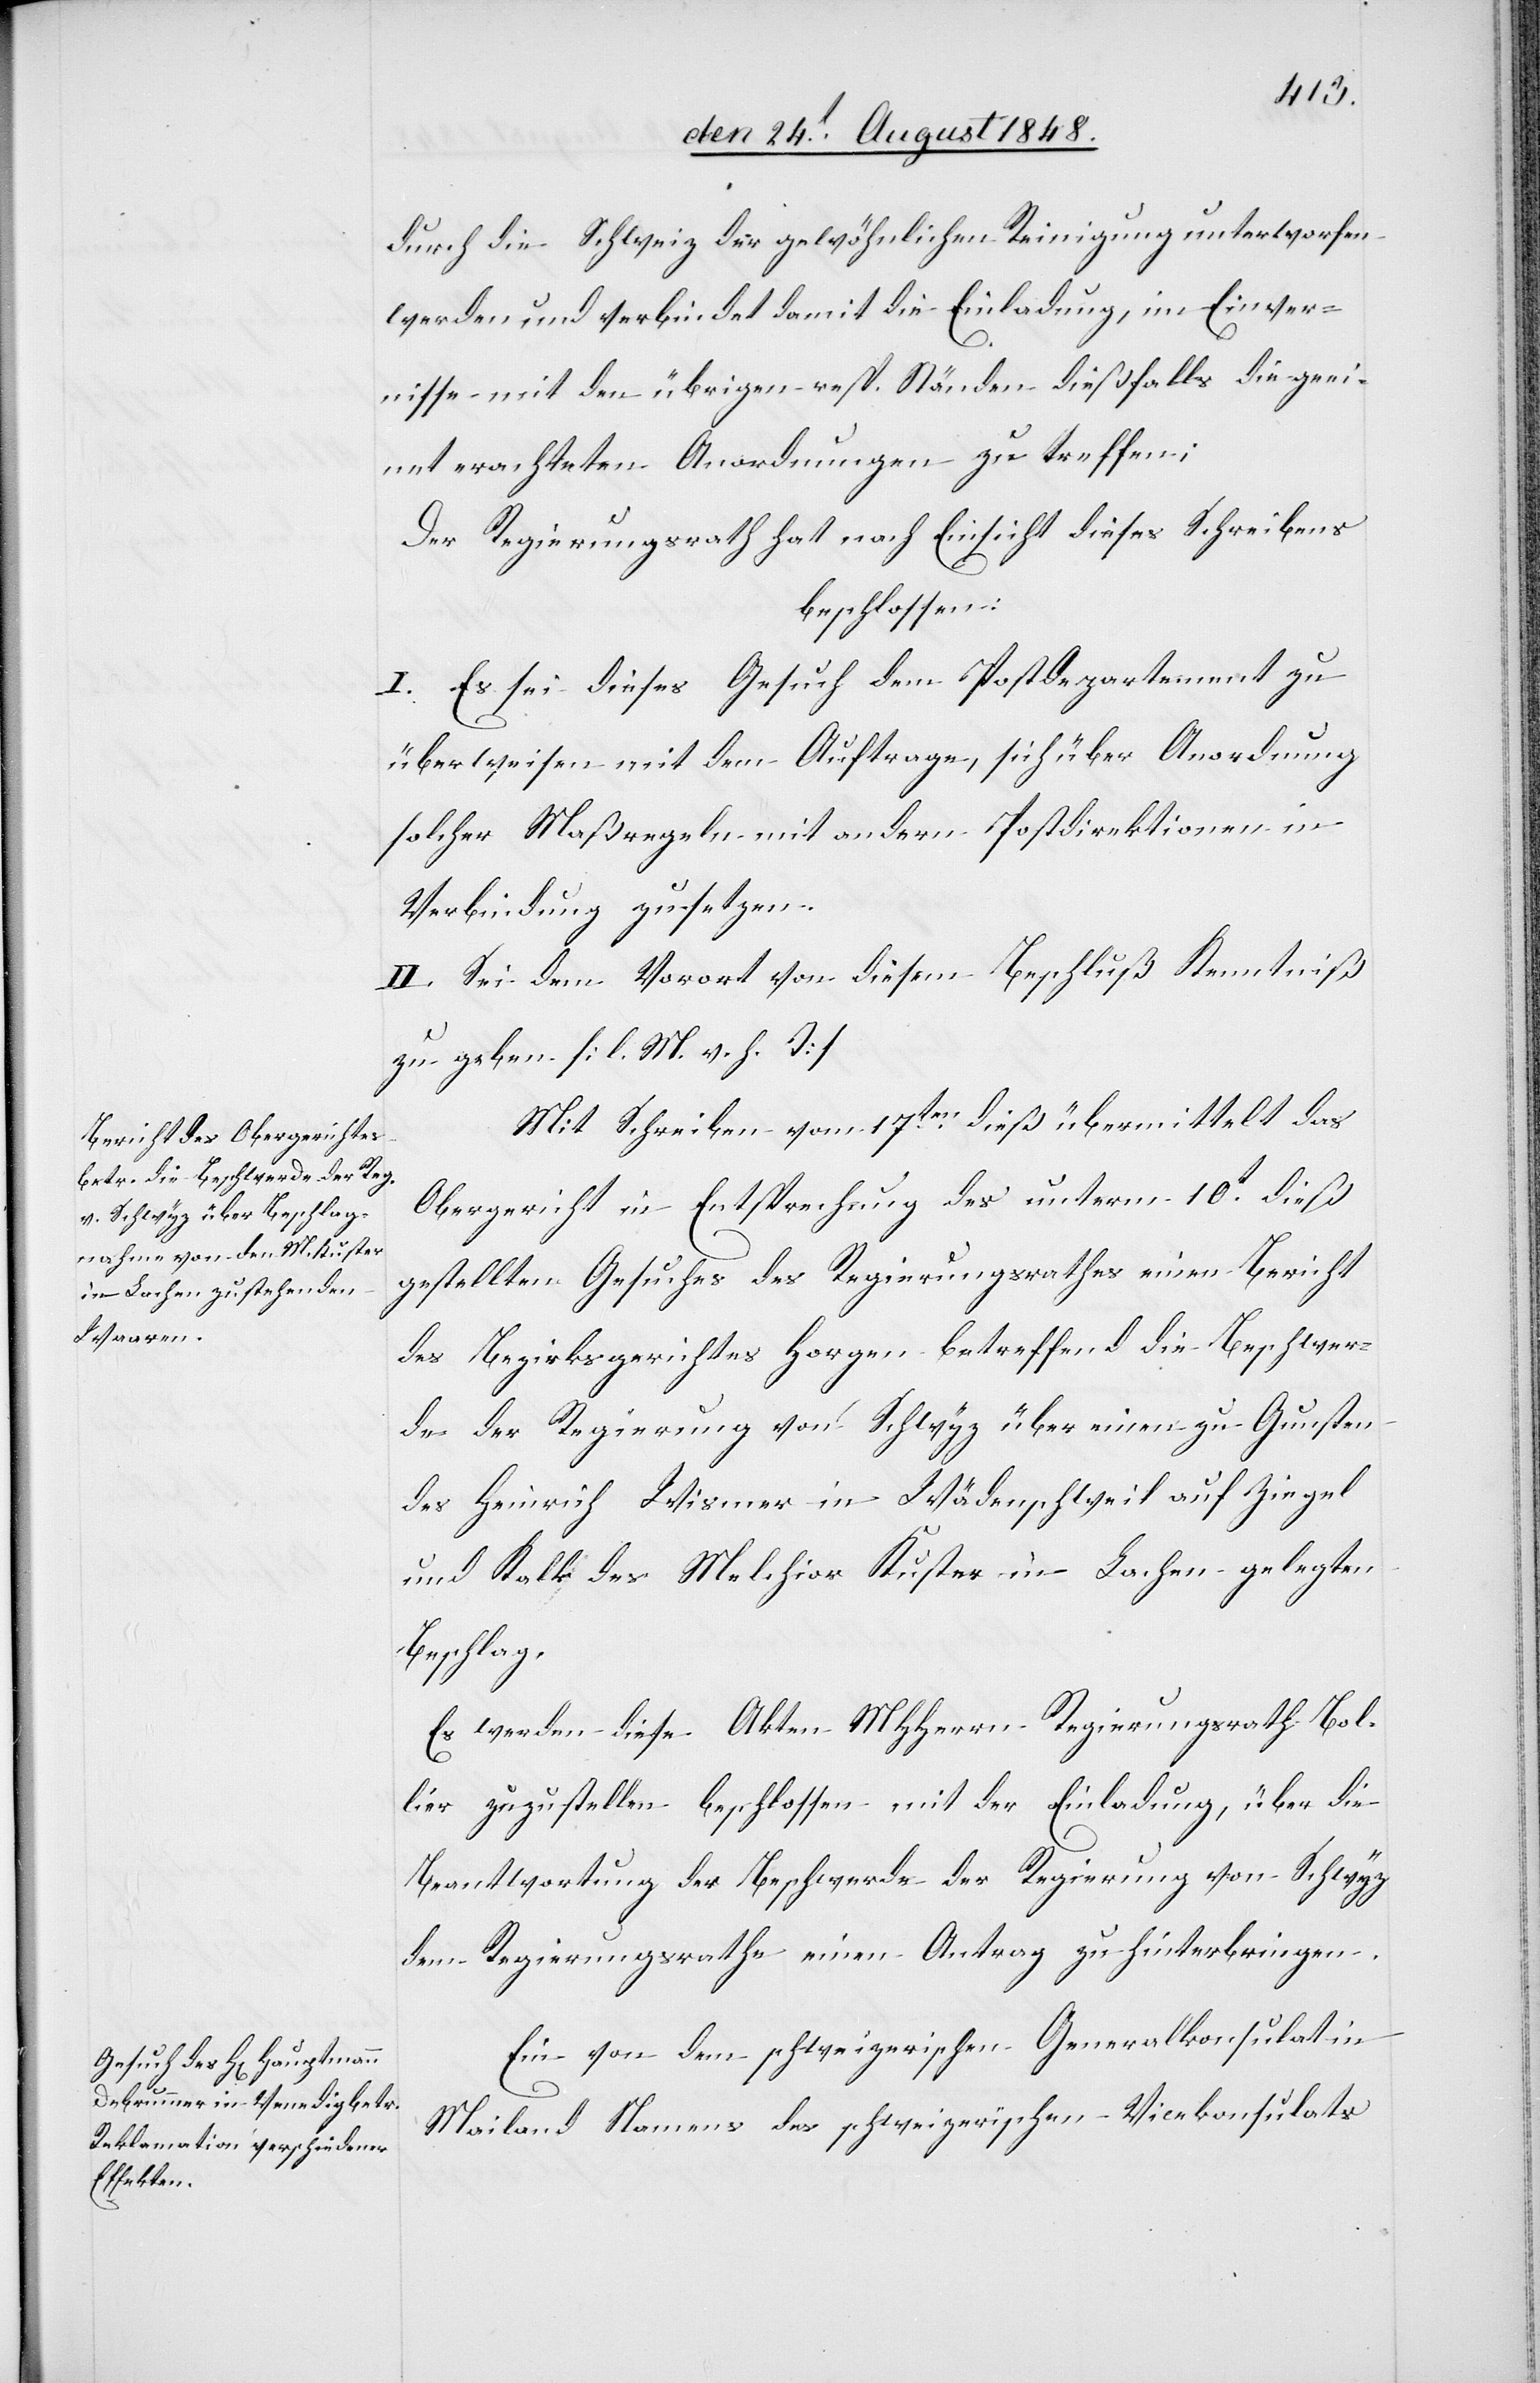
durch die Schweiz der gewöhnlichen Reinigung unterworfen
werden und verbindet damit die Einladung, im Einver[s¬
d]nisse mit den übrigen resp. Ständen dießfalls die geeig¬
net erachteten Anordnungen zu treffen;
Der Regierungsrath hat nach Einsicht dieses Schreibens
beschlossen:
I. Es sei dieses Gesuch dem Postdepartment zu
überweisen mit dem Auftrage, sich über Anordnung
solcher Maßregeln mit andern Postdirektionen in
Verbindung zu setzen.
II. Sei dem Vorort von diesem Beschluß Kenntniß
zu geben. [l. M. v. h. T]
Mit Schreiben vom 17ten dieß übermittelt das
Obergericht in Entsprechung des unterm 10t dieß
gestellten Gesuches des Regierungsrathes einen Beicht
des Bezirksgerichtes Horgen betreffend die Beschwer¬
de der Regierung von Schwyz über einen zu Gunsten
des Heinrich Wismer in Wädenschweil auf Ziegel
und Kalk des Melchior Kuster in Lachen gelegten
Beschlag.
Es werden diese Akten MHHerrn Regierungsrath Bol¬
lier zuzustellen beschlossen mit der Einladung, über die
Beantwortung der Beschwerde der Regierung von Schwyz
dem Regierungsrathe einen Antrag zu hinterbringen.
Ein von dem schweizerischen Generalkonsulat in
Mailand Namens des schweizerischen Vicekonsulats

tän¬